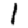
Digit: 1